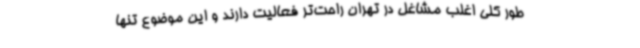
طور کلی اغلب مشاغل در تهران راحت‌تر فعالیت دارند و این موضوع تنها